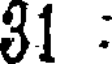
31 :